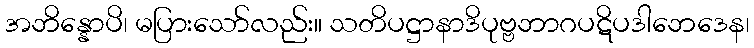
အဘိန္နောပိ၊ မပြားသော်လည်း။ သတိပဋ္ဌာနာဒိပုဗ္ဗဘာဂပဋိပဒါဘေဒေန၊